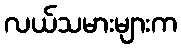
လယ်သမားများက